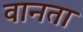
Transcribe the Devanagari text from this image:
वानता